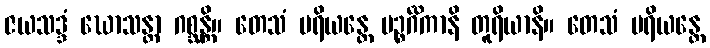
ဇယသဒ္ဒံ ဃောသန္တာ ဂစ္ဆန္တိ။ တေသံ ပရိယန္တေ ပဉ္စင်္ဂိကာနိ တူရိယာနိ။ တေသံ ပရိယန္တေ